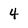
Character: 4